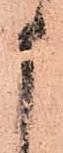
申